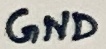
Text: GND